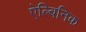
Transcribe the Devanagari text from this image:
ऐल्बिनिक